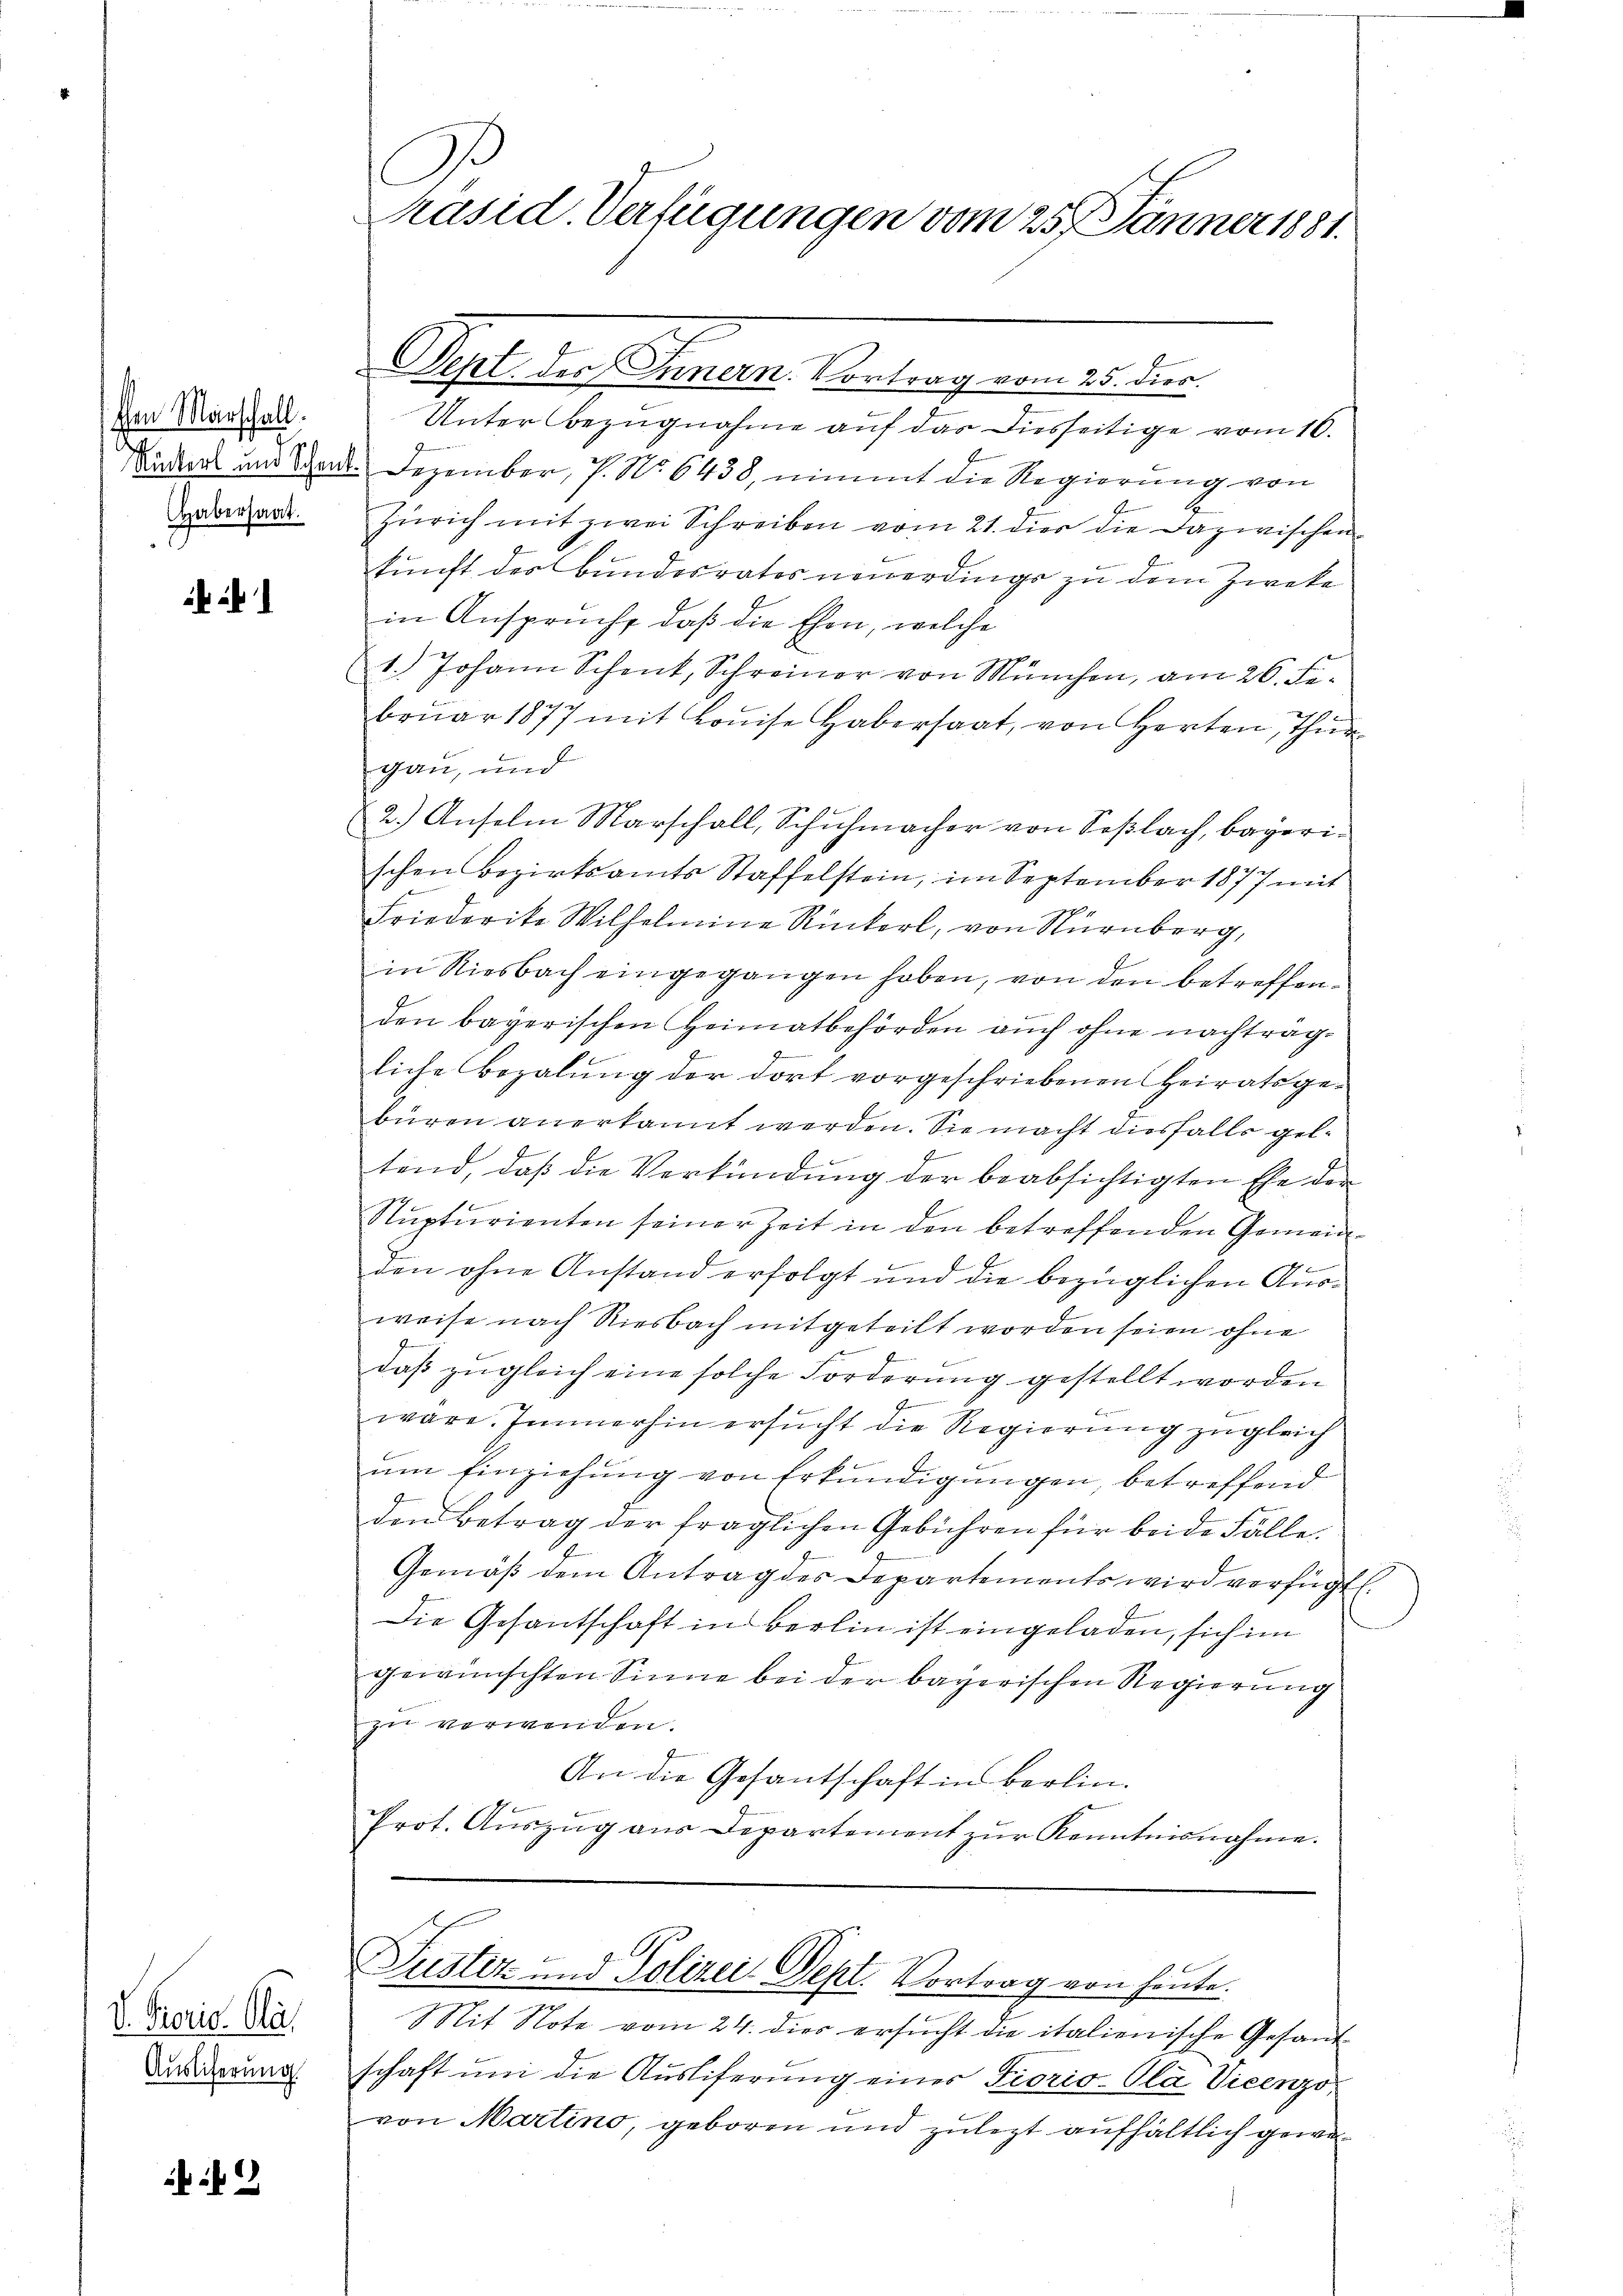
en Marschall.
Habersaat.

V. Perio. Glarus
Auslieferung

i

C
Präsid. Verfügungen vom 25. Jänner 1881.

Aeget der Gener Antragen es der
Unter Bezugnahme auf das diesseitige vom 10.
Sada und Stand. Dezember, P. Nr. 6438, nimmt die Regierung von
Zürich mit zwei Schreiben vom 21. dies die Dazwischen
kunft des Bundesrates neuerdings zu dem Zweke
in Ansprucht, daß die Ehen, welche
1.) Johann Schenk, Schreiner von München, am 26. Februar 1877 mit Louise Habersaat, von Herten, Thur
gau, und
22.) Anselm Marschall, Schuhmacher von Soßlach, bayerischen Bezirksamts Staffelstein, im September 1877 mit
Friederike Wilhelmine Rückerl, von Nürnberg,
in Riesbach eingegangen haben, von den betreffenden bayerischen Heimatbehörden aŭch ohne nachträg-
liche Bezalŭng der dort vorgeschriebenen Heiratsge-
büren anerkannt werden. Sie macht diesfalls gel¬

tend, daß die Verkündung der beabsichtigten Ehe der
Stupturienten seiner Zeit in den betreffenden Gemeinden ohne Anstand erfolgt und die bezüglichen Ausweise nach Riesbach mitgeteilt worden seien ohne
daß zugleich eine solche Forderung gestellt worden
f
B
wäre. Immerhin ersucht die Regierung zugleich
um Einziehung von Erkundigungen, betreffend
den Betrag der fraglichen Gebühren für beide Fälle.
Gemäß dem Antrag des Departements wird verfügt.
Die Gesantschaft in Berlin ist eingeladen, sich im
gewünschten Sinne bei der bayerischen Regierung
zu verwenden.
An die Gesantschaft in Berlin.
Prot. Aŭszŭg aŭs Departement zŭr Kenntnisnahme.

Duster und Polizei Sept. Vortrag von heute.

Mit Note vom 24. dies ersucht die italienische Gesand
schaft um die Ausliferung eines Fiorio-Ola Vicenzo
von Martino, geboren und zulezt aufhältlich gewe¬